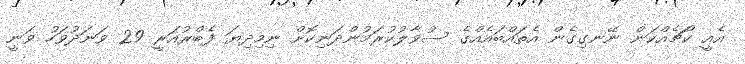
އެއީ ކޯޗެއްކަން ނޭނގިގެން އެތައްބައެއްގެ ސުވާލުކުރަމުންދަނިކޮށް ނިމިދިޔަ ފެބްރުއަރީ 29 ވަނަދުވަހު ވަނީ